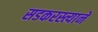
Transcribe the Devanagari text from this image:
सडकरस्त्याने